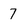
Character: 7